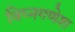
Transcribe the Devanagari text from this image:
विघ्नगणेश